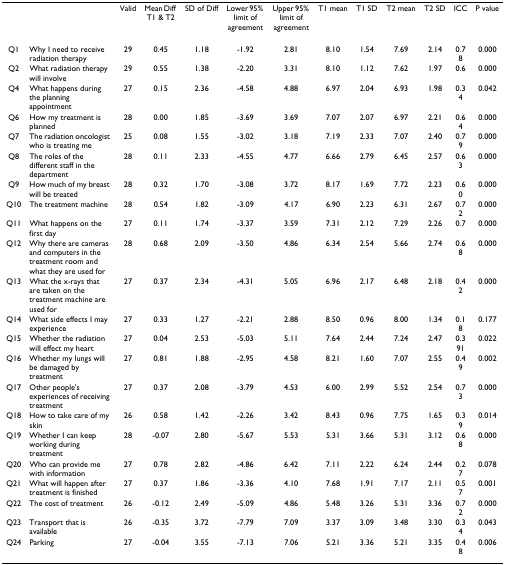
<table><thead><tr><td></td><td></td><td><b>Valid</b></td><td><b>Mean Diff T1 &amp; T2</b></td><td><b>SD of Diff</b></td><td><b>Lower 95% limit of agreement</b></td><td><b>Upper 95% limit of agreement</b></td><td><b>T1 mean</b></td><td><b>T1 SD</b></td><td><b>T2 mean</b></td><td><b>T2 SD</b></td><td><b>ICC</b></td><td><b>P value</b></td></tr></thead><tbody><tr><td>Q1</td><td>Why I need to receive radiation therapy</td><td>29</td><td>0.45</td><td>1.18</td><td>-1.92</td><td>2.81</td><td>8.10</td><td>1.54</td><td>7.69</td><td>2.14</td><td>0.78</td><td>0.000</td></tr><tr><td>Q2</td><td>What radiation therapy will involve</td><td>29</td><td>0.55</td><td>1.38</td><td>-2.20</td><td>3.31</td><td>8.10</td><td>1.12</td><td>7.62</td><td>1.97</td><td>0.6</td><td>0.000</td></tr><tr><td>Q4</td><td>What happens during the planning appointment</td><td>27</td><td>0.15</td><td>2.36</td><td>-4.58</td><td>4.88</td><td>6.97</td><td>2.04</td><td>6.93</td><td>1.98</td><td>0.34</td><td>0.042</td></tr><tr><td>Q6</td><td>How my treatment is planned</td><td>28</td><td>0.00</td><td>1.85</td><td>-3.69</td><td>3.69</td><td>7.07</td><td>2.07</td><td>6.97</td><td>2.21</td><td>0.64</td><td>0.000</td></tr><tr><td>Q7</td><td>The radiation oncologist who is treating me</td><td>25</td><td>0.08</td><td>1.55</td><td>-3.02</td><td>3.18</td><td>7.19</td><td>2.33</td><td>7.07</td><td>2.40</td><td>0.79</td><td>0.000</td></tr><tr><td>Q8</td><td>The roles of the different staff in the department</td><td>28</td><td>0.11</td><td>2.33</td><td>-4.55</td><td>4.77</td><td>6.66</td><td>2.79</td><td>6.45</td><td>2.57</td><td>0.63</td><td>0.000</td></tr><tr><td>Q9</td><td>How much of my breast will be treated</td><td>28</td><td>0.32</td><td>1.70</td><td>-3.08</td><td>3.72</td><td>8.17</td><td>1.69</td><td>7.72</td><td>2.23</td><td>0.60</td><td>0.000</td></tr><tr><td>Q10</td><td>The treatment machine</td><td>28</td><td>0.54</td><td>1.82</td><td>-3.09</td><td>4.17</td><td>6.90</td><td>2.23</td><td>6.31</td><td>2.67</td><td>0.72</td><td>0.000</td></tr><tr><td>Q11</td><td>What happens on the first day</td><td>27</td><td>0.11</td><td>1.74</td><td>-3.37</td><td>3.59</td><td>7.31</td><td>2.12</td><td>7.29</td><td>2.26</td><td>0.7</td><td>0.000</td></tr><tr><td>Q12</td><td>Why there are cameras and computers in the treatment room and what they are used for</td><td>28</td><td>0.68</td><td>2.09</td><td>-3.50</td><td>4.86</td><td>6.34</td><td>2.54</td><td>5.66</td><td>2.74</td><td>0.68</td><td>0.000</td></tr><tr><td>Q13</td><td>What the x-rays that are taken on the treatment machine are used for</td><td>27</td><td>0.37</td><td>2.34</td><td>-4.31</td><td>5.05</td><td>6.96</td><td>2.17</td><td>6.48</td><td>2.18</td><td>0.42</td><td>0.000</td></tr><tr><td>Q14</td><td>What side effects I may experience</td><td>27</td><td>0.33</td><td>1.27</td><td>-2.21</td><td>2.88</td><td>8.50</td><td>0.96</td><td>8.00</td><td>1.34</td><td>0.18</td><td>0.177</td></tr><tr><td>Q15</td><td>Whether the radiation will effect my heart</td><td>27</td><td>0.04</td><td>2.53</td><td>-5.03</td><td>5.11</td><td>7.64</td><td>2.44</td><td>7.24</td><td>2.47</td><td>0.391</td><td>0.022</td></tr><tr><td>Q16</td><td>Whether my lungs will be damaged by treatment</td><td>27</td><td>0.81</td><td>1.88</td><td>-2.95</td><td>4.58</td><td>8.21</td><td>1.60</td><td>7.07</td><td>2.55</td><td>0.49</td><td>0.002</td></tr><tr><td>Q17</td><td>Other people&#x27;s experiences of receiving treatment</td><td>27</td><td>0.37</td><td>2.08</td><td>-3.79</td><td>4.53</td><td>6.00</td><td>2.99</td><td>5.52</td><td>2.54</td><td>0.73</td><td>0.000</td></tr><tr><td>Q18</td><td>How to take care of my skin</td><td>26</td><td>0.58</td><td>1.42</td><td>-2.26</td><td>3.42</td><td>8.43</td><td>0.96</td><td>7.75</td><td>1.65</td><td>0.39</td><td>0.014</td></tr><tr><td>Q19</td><td>Whether I can keep working during treatment</td><td>28</td><td>-0.07</td><td>2.80</td><td>-5.67</td><td>5.53</td><td>5.31</td><td>3.66</td><td>5.31</td><td>3.12</td><td>0.68</td><td>0.000</td></tr><tr><td>Q20</td><td>Who can provide me with information</td><td>27</td><td>0.78</td><td>2.82</td><td>-4.86</td><td>6.42</td><td>7.11</td><td>2.22</td><td>6.24</td><td>2.44</td><td>0.27</td><td>0.078</td></tr><tr><td>Q21</td><td>What will happen after treatment is finished</td><td>27</td><td>0.37</td><td>1.86</td><td>-3.36</td><td>4.10</td><td>7.68</td><td>1.91</td><td>7.17</td><td>2.11</td><td>0.57</td><td>0.001</td></tr><tr><td>Q22</td><td>The cost of treatment</td><td>26</td><td>-0.12</td><td>2.49</td><td>-5.09</td><td>4.86</td><td>5.48</td><td>3.26</td><td>5.31</td><td>3.36</td><td>0.72</td><td>0.000</td></tr><tr><td>Q23</td><td>Transport that is available</td><td>26</td><td>-0.35</td><td>3.72</td><td>-7.79</td><td>7.09</td><td>3.37</td><td>3.09</td><td>3.48</td><td>3.30</td><td>0.34</td><td>0.043</td></tr><tr><td>Q24</td><td>Parking</td><td>27</td><td>-0.04</td><td>3.55</td><td>-7.13</td><td>7.06</td><td>5.21</td><td>3.36</td><td>5.21</td><td>3.35</td><td>0.48</td><td>0.006</td></tr></tbody></table>